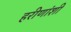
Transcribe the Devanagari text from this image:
हरीणांशी